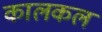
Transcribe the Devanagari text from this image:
कालकल